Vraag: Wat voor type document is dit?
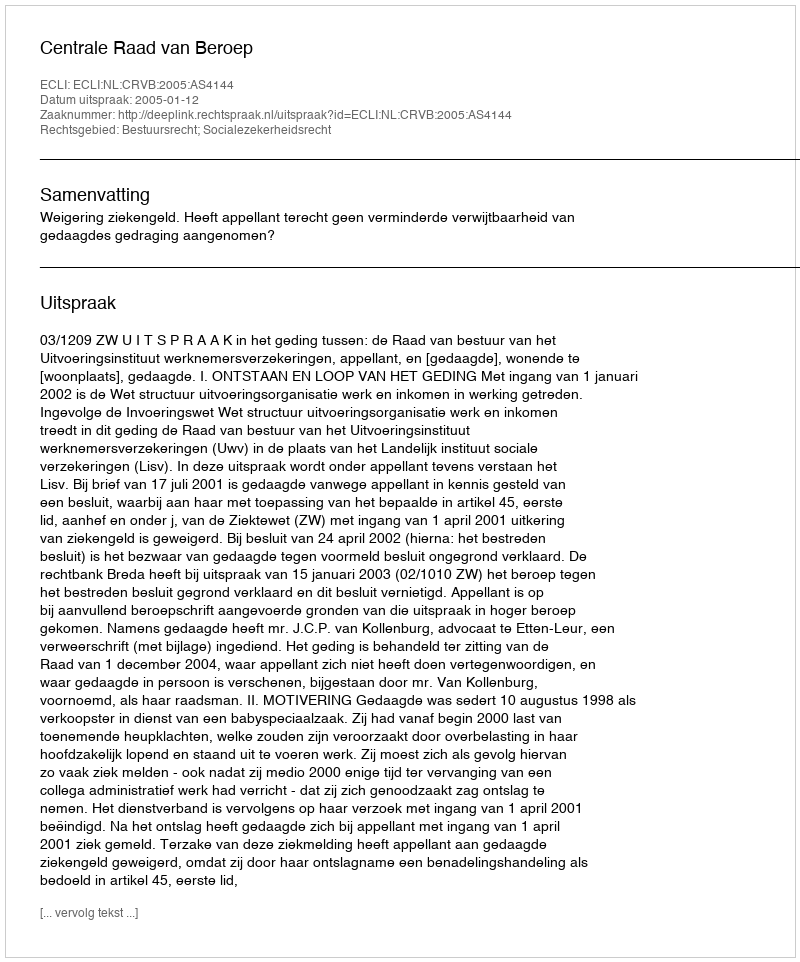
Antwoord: Uitspraak